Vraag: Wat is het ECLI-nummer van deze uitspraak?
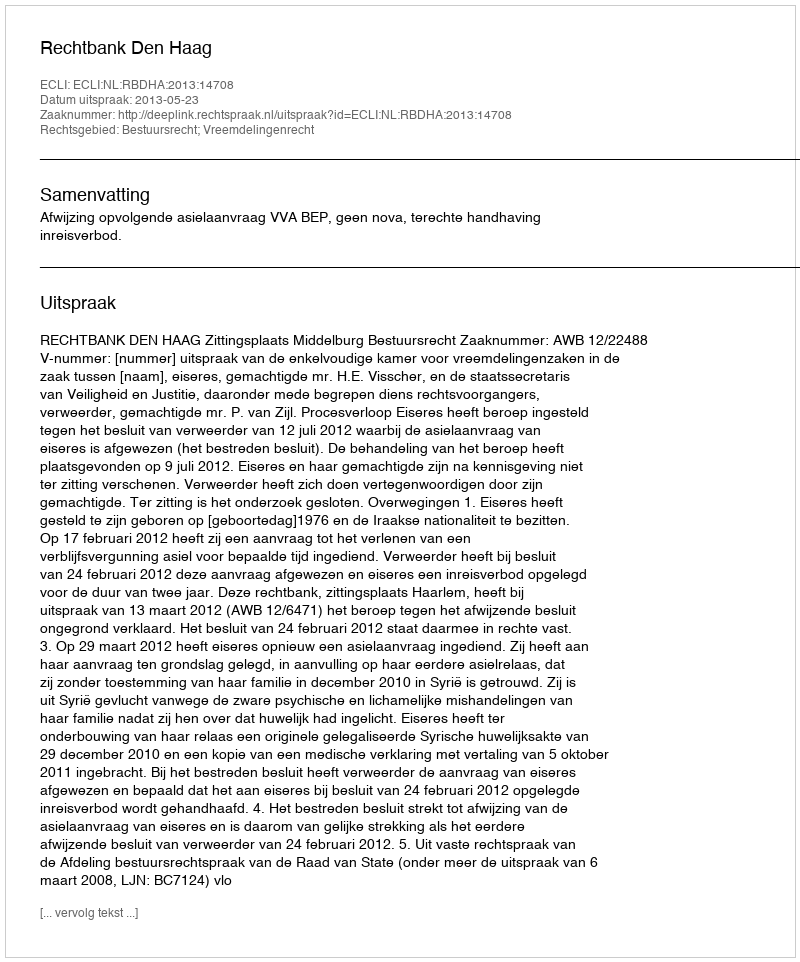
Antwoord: ECLI:NL:RBDHA:2013:14708